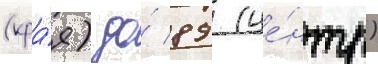
(кра́я) до́ 89 (це́нтр)